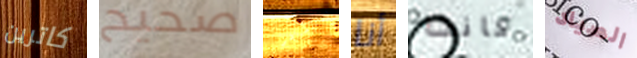
كاترين صحيح المصرفي أنا كانت الصياد